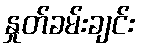
နှုတ်ခမ်းချင်း